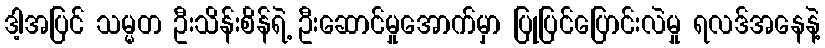
ဒါ့အပြင် သမ္မတ ဦးသိန်းစိန်ရဲ့ ဦးဆောင်မှုအောက်မှာ ပြုပြင်ပြောင်းလဲမှု ရလဒ်အနေနဲ့